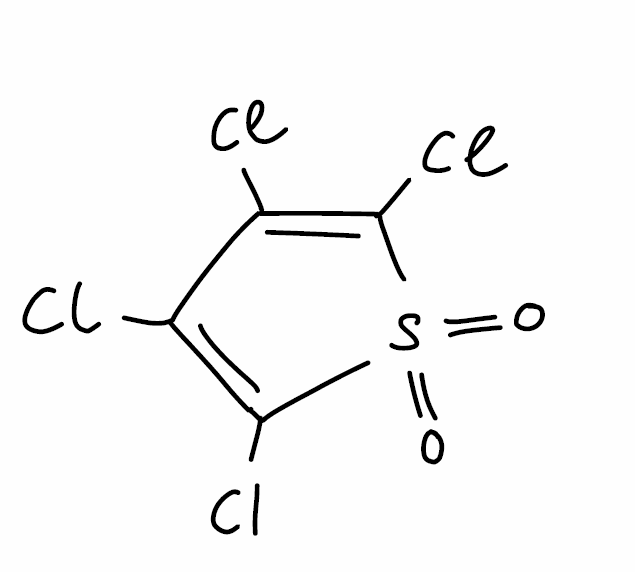
Simplified molecular-input line-entry system (SMILES) notation of the given molecule:
C1(=C(S(=O)(=O)C(=C1Cl)Cl)Cl)Cl